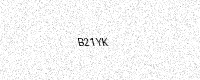
Text: B21YK